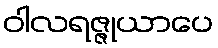
ဝါလရဇ္ဇုယာပေ